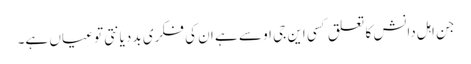
جن اہل دانش کا تعلق کسی این جی او سے ہے ان کی فکری بد دیانتی تو عیاں ہے۔